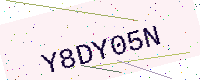
Text: Y8DY05N